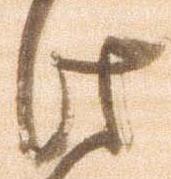
此